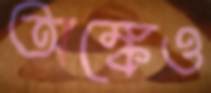
অঙ্কেও